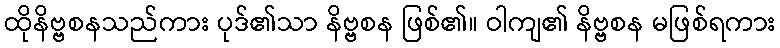
ထိုနိဗ္ဗစနသည်ကား ပုဒ်၏သာ နိဗ္ဗစန ဖြစ်၏။ ဝါကျ၏ နိဗ္ဗစန မဖြစ်ရကား